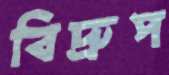
বিদ্রুপ